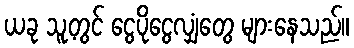
ယခု သူ့တွင် ငွေပိုငွေလျှံတွေ များနေသည်။